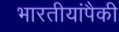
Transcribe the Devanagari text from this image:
भारतीयांपैकी